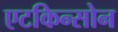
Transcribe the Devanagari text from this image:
एटकिन्सोन